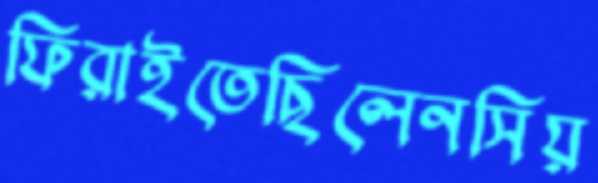
ফিরাইতেছিলেনসিয়